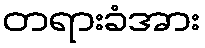
တရားခံအား